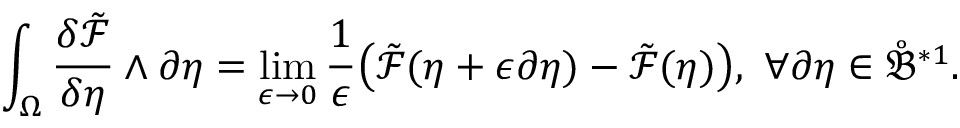
\int _ { \Omega } \frac { \delta \tilde { \mathcal { F } } } { \delta \eta } \wedge \partial \eta = \operatorname* { l i m } _ { \epsilon \to 0 } \frac { 1 } { \epsilon } \big ( \tilde { \mathcal { F } } ( \eta + \epsilon \partial \eta ) - \tilde { \mathcal { F } } ( \eta ) \big ) , \ \forall \partial \eta \in \mathring { \mathfrak { B } } ^ { \ast 1 } .